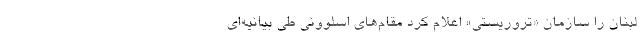
لبنان را سازمان «تروریستی» اعلام کرد مقام‌های اسلوونی طی بیانیه‌ای